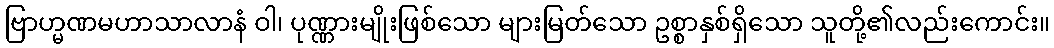
ဗြာဟ္မဏမဟာသာလာနံ ဝါ၊ ပုဏ္ဏားမျိုးဖြစ်သော များမြတ်သော ဥစ္စာနှစ်ရှိသော သူတို့၏လည်းကောင်း။